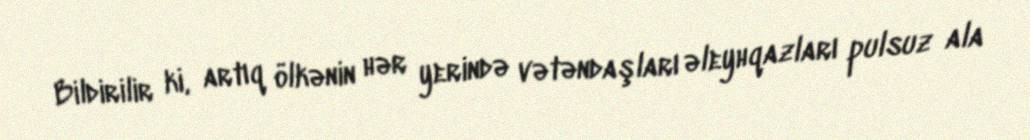
Bildirilir ki, artıq ölkənin hər yerində vətəndaşları əleyhqazları pulsuz ala